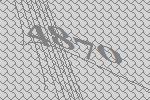
4870